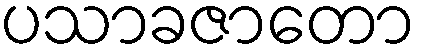
ပသာခဇာတော